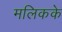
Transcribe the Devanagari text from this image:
मलिकके